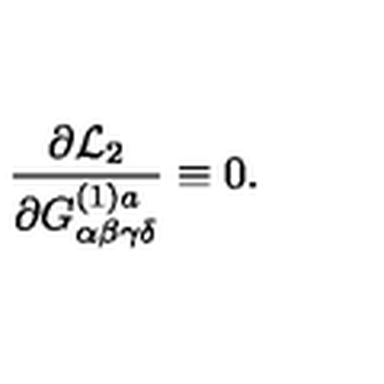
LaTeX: \frac { \partial { \cal L } _ { 2 } } { \partial G _ { \alpha \beta \gamma \delta } ^ { ( 1 ) a } } \equiv 0 .